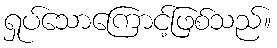
ရှုပ်သောကြောင့်ဖြစ်သည်။